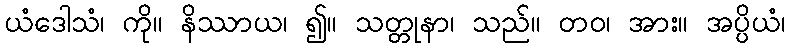
ယံဒေါသံ၊ ကို။ နိဿာယ၊ ၍။ သတ္တုနာ၊ သည်။ တဝ၊ အား။ အပ္ပိယံ၊